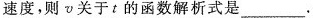
速度，则v关于t的函数解析式是___.